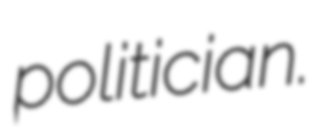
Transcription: politician.